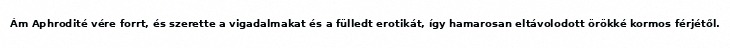
Ám Aphrodité vére forrt, és szerette a vigadalmakat és a fülledt erotikát, így hamarosan eltávolodott örökké kormos férjétől.